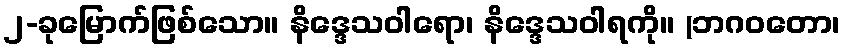
၂-ခုမြောက်ဖြစ်သော။ နိဒ္ဒေသဝါရော၊ နိဒ္ဒေသဝါရကို။ (ဘဂဝတော၊